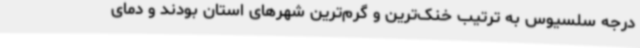
درجه سلسیوس به ترتیب خنک‌ترین و گرم‌ترین شهرهای استان بودند و دمای